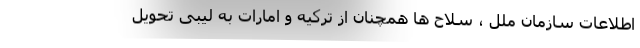
اطلاعات سازمان ملل ، سلاح ها همچنان از ترکیه و امارات به لیبی تحویل